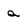
Character: a